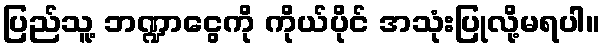
ပြည်သူ့ ဘဏ္ဍာငွေကို ကိုယ်ပိုင် အသုံးပြုလို့မရပါ။